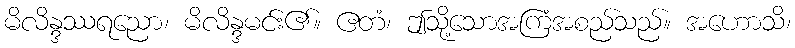
မိလိန္ဒဿရညော၊ မိလိန္ဒမင်း၏။ ဧတံ၊ ဤသို့သောအကြံအစည်သည်။ အဟောသိ၊